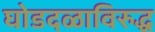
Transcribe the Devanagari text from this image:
घोडदळाविरुद्ध